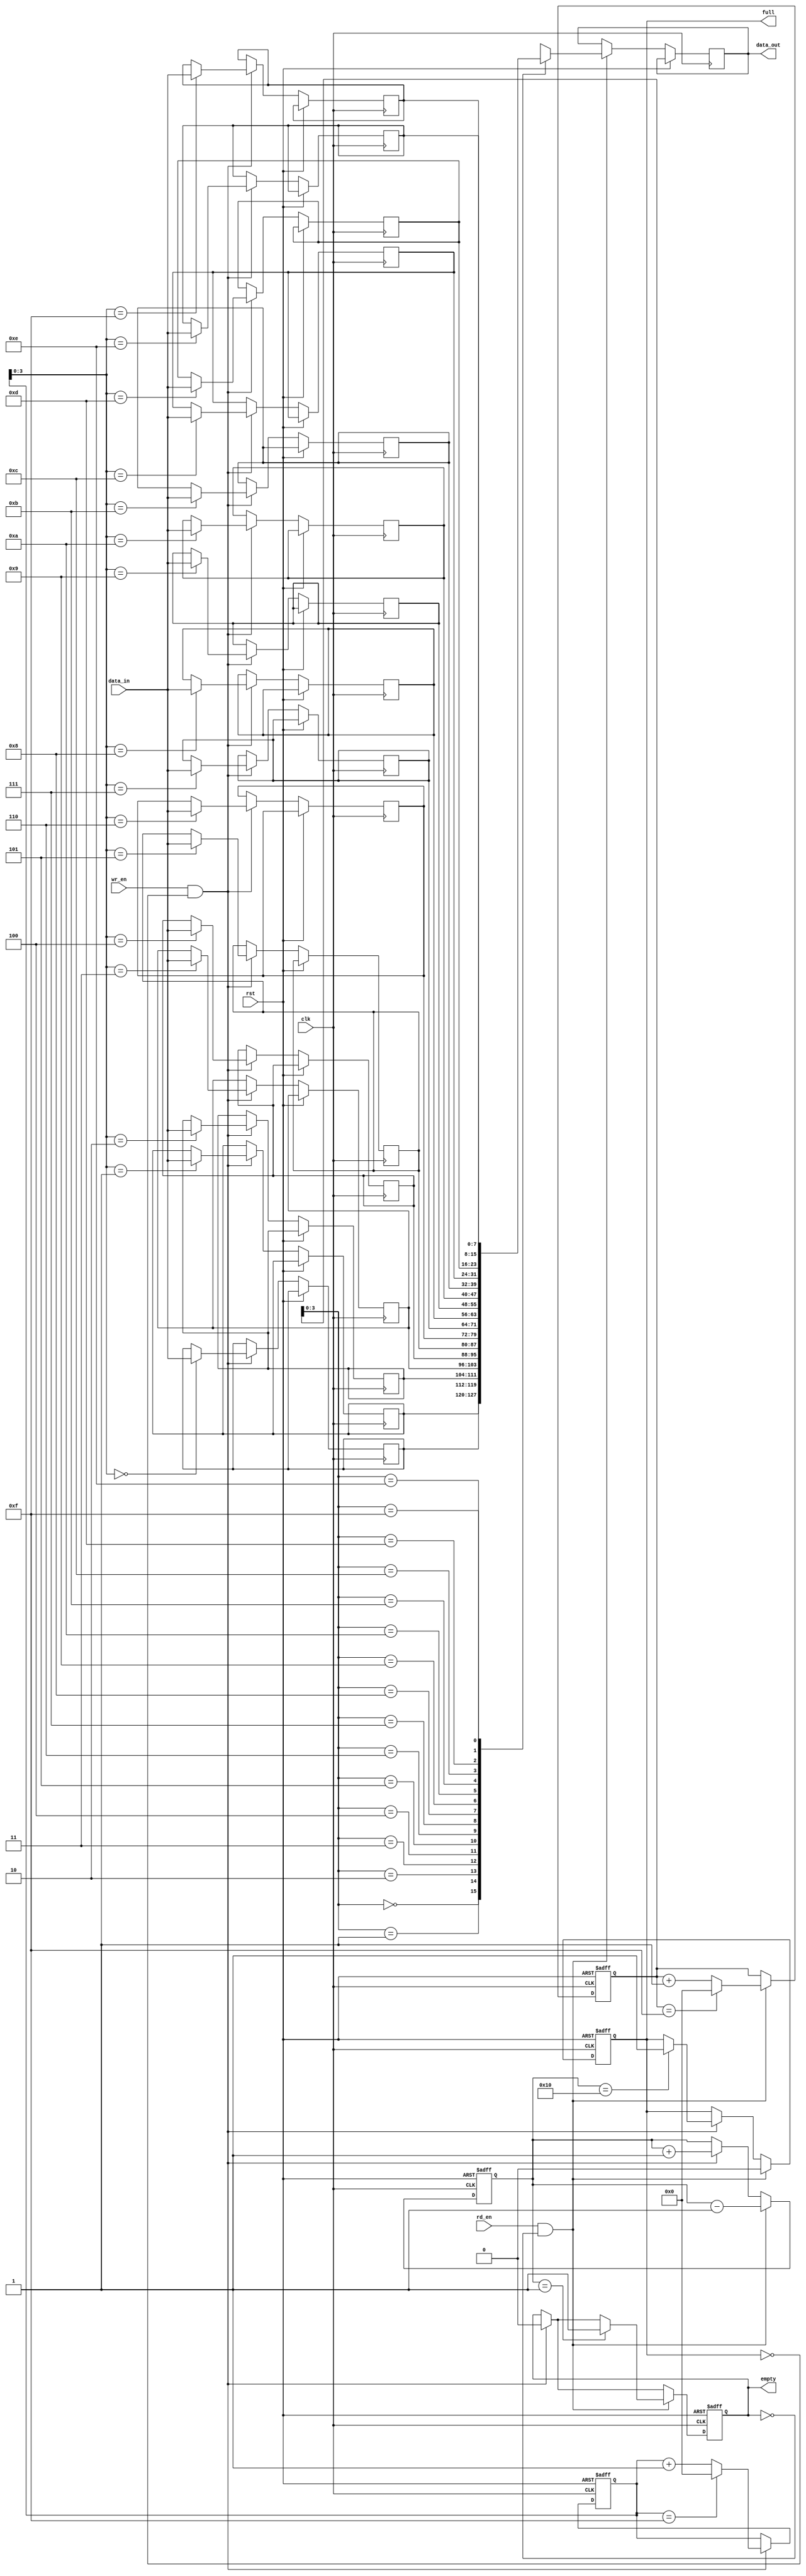
module sync_fifo (
    input wire clk,
    input wire rst,
    input wire wr_en,
    input wire rd_en,
    input wire [data_width-1:0] data_in,
    output reg [data_width-1:0] data_out,
    output reg full,
    output reg empty
);

parameter depth = 16;
parameter data_width = 8;

reg [data_width-1:0] mem [depth-1:0];
reg [depth-1:0] wr_ptr, rd_ptr;
reg [depth-1:0] num_entries;

always @(posedge clk or posedge rst) begin
    if (rst) begin
        wr_ptr <= 0;
        rd_ptr <= 0;
        num_entries <= 0;
        full <= 0;
        empty <= 1;
    end else begin
        if (wr_en && ~full) begin
            mem[wr_ptr] <= data_in;
            wr_ptr <= (wr_ptr == depth-1) ? 0 : wr_ptr + 1;
            num_entries <= num_entries + 1;
            empty <= 0;
            if (num_entries == depth) full <= 1;
        end
        if (rd_en && ~empty) begin
            data_out <= mem[rd_ptr];
            rd_ptr <= (rd_ptr == depth-1) ? 0 : rd_ptr + 1;
            num_entries <= num_entries - 1;
            full <= 0;
            if (num_entries == 1) empty <= 1;
        end
    end
end

endmodule